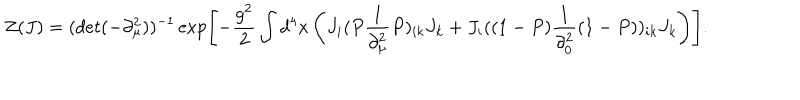
Z ( J ) = ( d e t ( - \partial _ { \mu } ^ { 2 } ) ) ^ { - 1 } \exp \left[ - \frac { g ^ { 2 } } { 2 } \int d ^ { 4 } x \left( J _ { i } ( P \frac { 1 } { \partial _ { \mu } ^ { 2 } } P ) _ { i k } J _ { k } + J _ { i } ( ( 1 - P ) \frac { 1 } { \partial _ { 0 } ^ { 2 } } ( 1 - P ) ) _ { i k } J _ { k } \right) \right] .